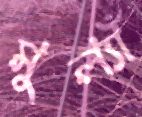
মুল্যাঁ